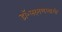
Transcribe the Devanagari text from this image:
डॉ॰लक्ष्मणस्वामी